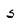
Character: 5